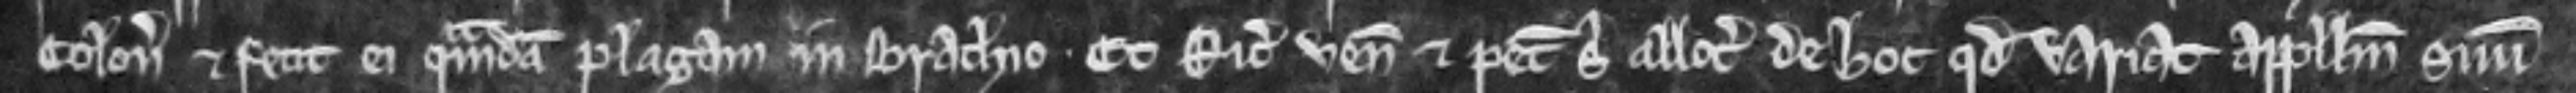
Colon et fecit ei quamdam plagam in brachio. Et Ricardus venit et petit sibi allocari de hoc quod variat appellum suum